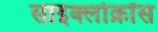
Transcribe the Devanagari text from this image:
साइक्लोक्रॉस